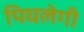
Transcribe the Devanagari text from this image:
पिघलेगी